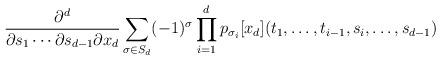
LaTeX: \begin{align*}\frac{\partial^{d}}{\partial s_1\cdots\partial s_{d-1}\partial x_{d}}\sum_{\sigma \in S_d} (-1)^\sigma \prod_{i=1}^d p_{\sigma_i}[x_d](t_1,\dots,t_{i-1},s_i,\dots,s_{d-1})\end{align*}